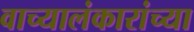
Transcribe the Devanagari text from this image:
वाच्यालंकारांच्या